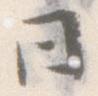
日